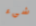
شيء